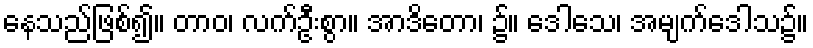
နေသည်ဖြစ်၍။ တာဝ၊ လက်ဦးစွာ။ အာဒိတော၊ ၌။ ဒေါသေ၊ အမျက်ဒေါသ၌။